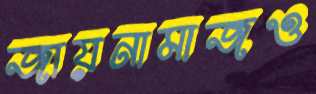
জায়নামাজও